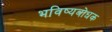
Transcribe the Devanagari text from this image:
भविष्यबोधक